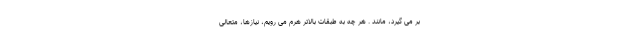
بر می گیرد، مانند . هر چه به طبقات بالاتر هرم می رویم، نیازها، متعالی